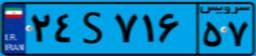
۲۴S۷۱۶۵۷